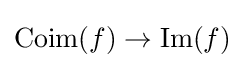
\operatorname {Coim} (f)\to \operatorname {Im} (f)